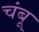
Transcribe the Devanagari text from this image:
चंबू